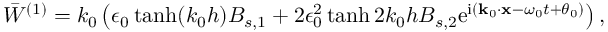
\bar { W } ^ { ( 1 ) } = k _ { 0 } \left( \epsilon _ { 0 } \operatorname { t a n h } ( k _ { 0 } h ) B _ { s , 1 } + 2 \epsilon _ { 0 } ^ { 2 } \operatorname { t a n h } 2 k _ { 0 } h B _ { s , 2 } \mathrm { e } ^ { \mathrm { i } ( \mathbf { k } _ { 0 } \cdot \mathbf { x } - \omega _ { 0 } t + \theta _ { 0 } ) } \right) ,